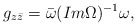
\begin{align*}g_{z\bar z}=\bar \omega (Im \Omega )^{-1}\omega,\end{align*}